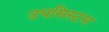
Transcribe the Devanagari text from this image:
उपसिस्टम